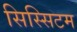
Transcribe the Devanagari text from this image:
सिस्सिटम